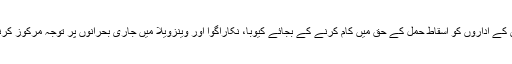
او اے ایس کے اداروں کو اسقاط حمل کے حق میں کام کرنے کے بجائے کیوبا، نکاراگوا اور وینزویلا میں جاری بحرانوں پر توجہ مرکوز کرنی چاہیے۔